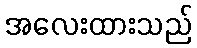
အလေးထားသည်